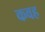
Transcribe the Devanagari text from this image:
कवह